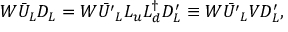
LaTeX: W \bar { U } _ { L } D _ { L } = W \bar { U ^ { \prime } } _ { L } L _ { u } L _ { d } ^ { \dagger } D _ { L } ^ { \prime } \equiv W \bar { U ^ { \prime } } _ { L } V D _ { L } ^ { \prime } ,